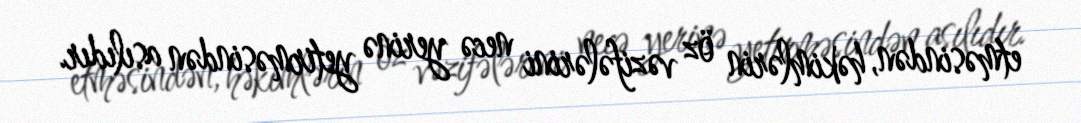
etməsindən, həkimlərin öz vəzifələrini necə yerinə yetirməsindən asılıdır.